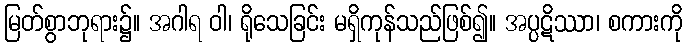
မြတ်စွာဘုရား၌။ အဂါရ ဝါ၊ ရိုသေခြင်း မရှိကုန်သည်ဖြစ်၍။ အပ္ပဋိဿာ၊ စကားကို